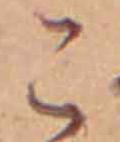
こ